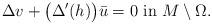
LaTeX: \begin{align*}\Delta v + \big( \Delta'(h) \big)\bar u=0 \mbox{ in } M\setminus \Omega.\end{align*}